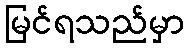
မြင်ရသည်မှာ